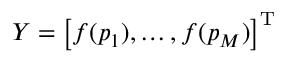
\boldsymbol { Y } = \left[ f ( \boldsymbol { p } _ { 1 } ) , \dots , f ( \boldsymbol { p } _ { M } ) \right] ^ { \mathrm { T } }